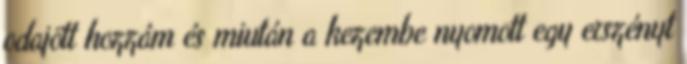
odajött hozzám és miután a kezembe nyomott egy erszényt